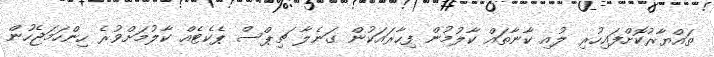
ތައްޔާރުކޮށްފައިހުރި ލުއި ކާނާތައް ކާލުމުން ފިހާރައަކުން ގަނެލާ ޗިޕްސް ޕެކެޓެއް ކާލުމަށްވުރެ ހިންހަމަޖެހުން